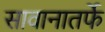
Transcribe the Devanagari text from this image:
सावानातर्फे